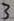
Text: 3